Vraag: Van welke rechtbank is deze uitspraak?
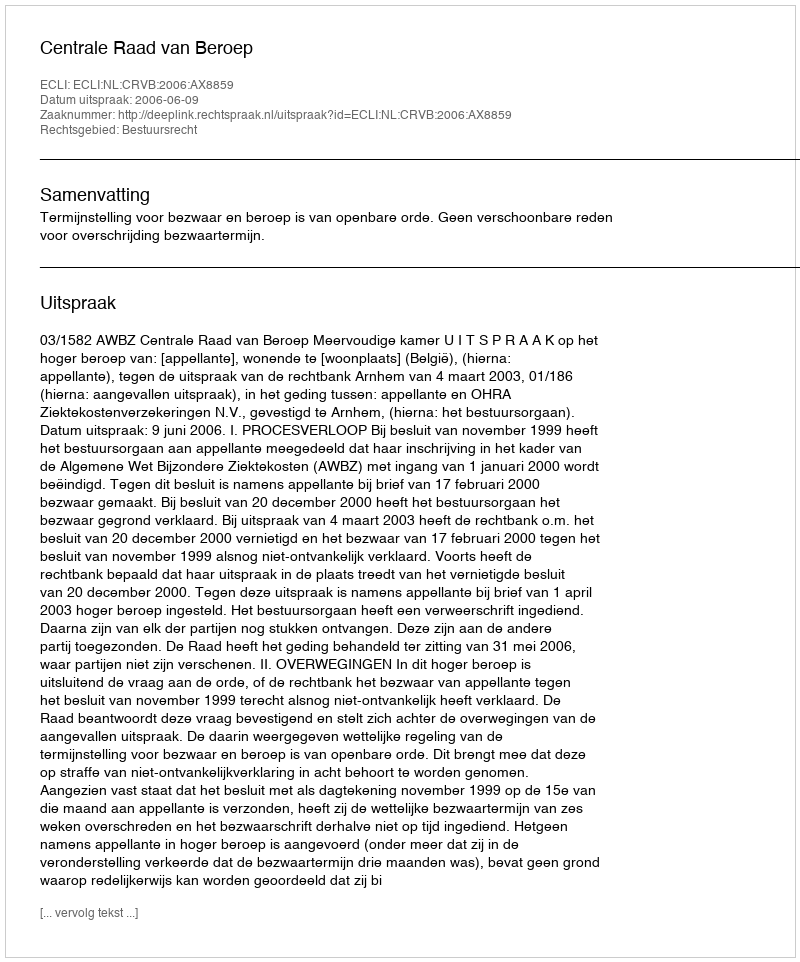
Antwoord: Centrale Raad van Beroep